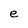
Character: e